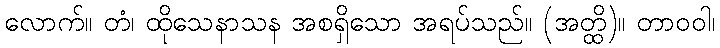
လောက်။ တံ၊ ထိုသေနာသန အစရှိသော အရပ်သည်။ (အတ္ထိ)။ တာဝဝါ၊